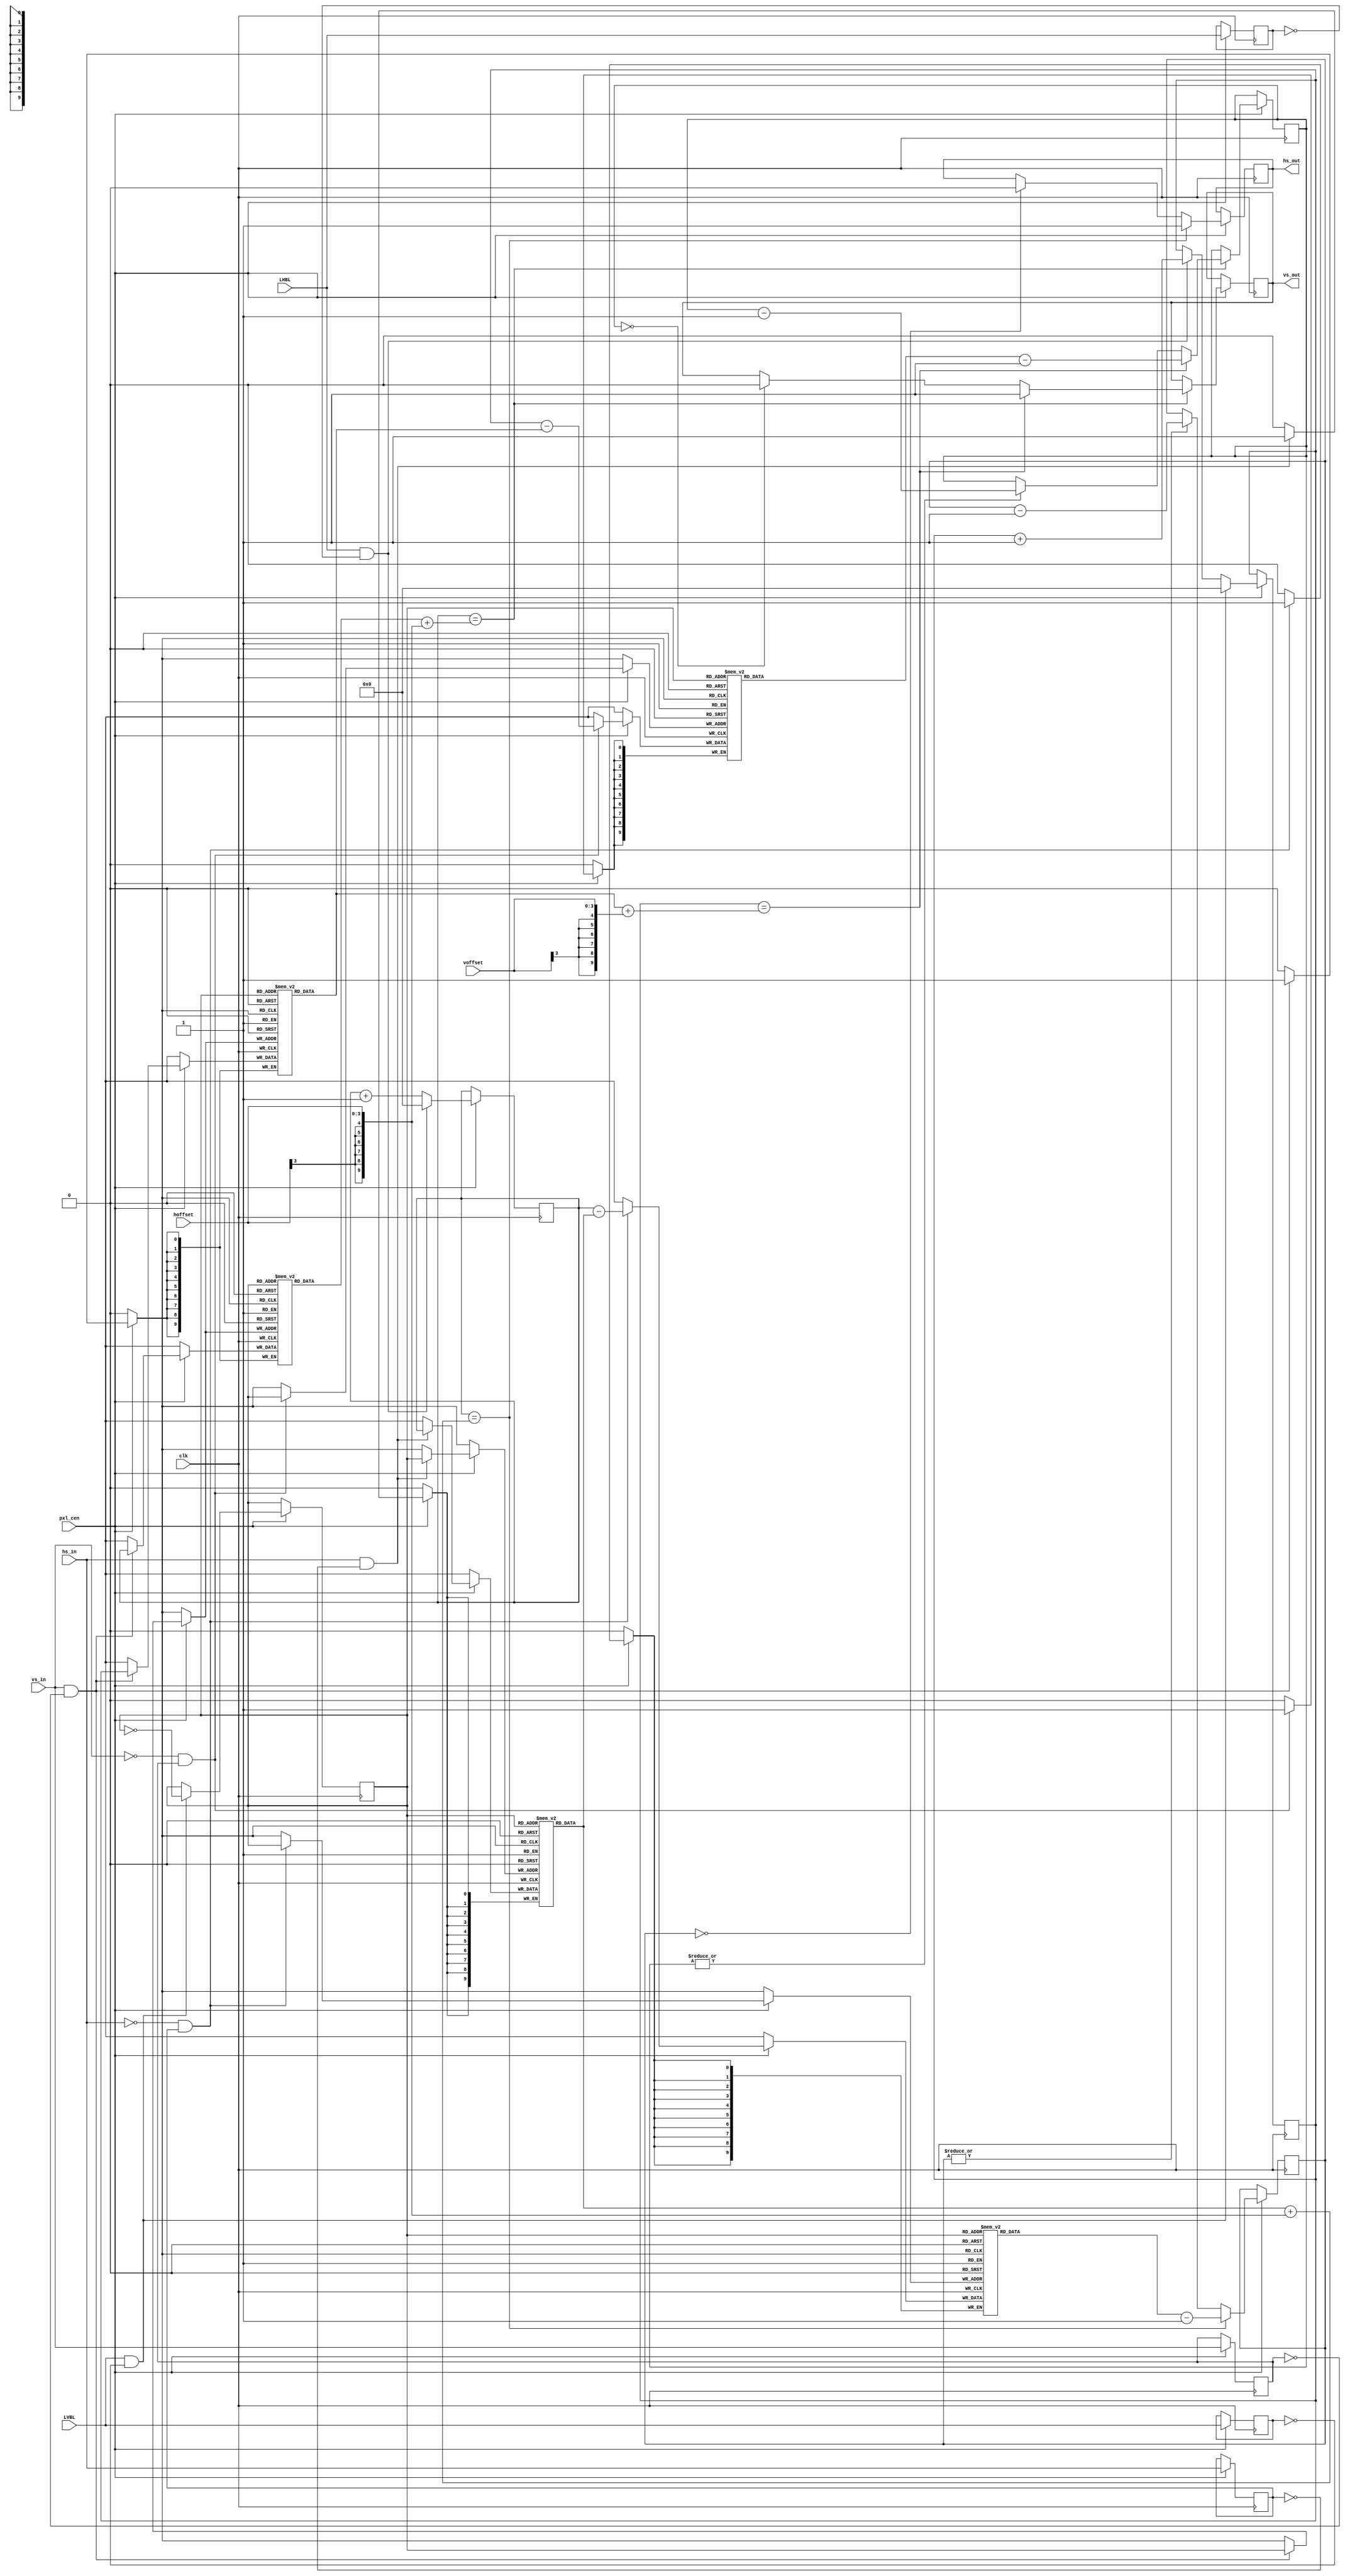
/*  This file is part of JT_FRAME.
    JTFRAME program is free software: you can redistribute it and/or modify
    it under the terms of the GNU General Public License as published by
    the Free Software Foundation, either version 3 of the License, or
    (at your option) any later version.

    JTFRAME program is distributed in the hope that it will be useful,
    but WITHOUT ANY WARRANTY; without even the implied warranty of
    MERCHANTABILITY or FITNESS FOR A PARTICULAR PURPOSE.  See the
    GNU General Public License for more details.

    You should have received a copy of the GNU General Public License
    along with JTFRAME.  If not, see <http://www.gnu.org/licenses/>.

    Author: Jose Tejada Gomez. Twitter: @topapate
    Version: 1.0
    Date: 25-9-2019 */

module video_resync(
    input         clk,
    input         pxl_cen,
    input         hs_in,
    input         vs_in,
    input         LVBL,
    input         LHBL,
    input  [3:0]  hoffset,
    input  [3:0]  voffset,
    output reg    hs_out,
    output reg    vs_out
);

parameter CNTW = 10; // max 1024 pixels/lines

reg [CNTW-1:0]   hs_pos[0:1], vs_hpos[0:1], vs_vpos[0:1],// relative positions of the original sync pulses
                 hs_len[0:1], vs_len[0:1],               // count the length of the original sync pulses
                 hs_cnt,      vs_cnt,                    // count the position of the original sync pulses
                 hs_hold,     vs_hold;
reg              last_LHBL, last_LVBL, last_hsin, last_vsin;

wire             hb_edge, hs_edge, hs_n_edge, vb_edge, vs_edge, vs_n_edge;
reg              field;

wire [CNTW-1:0]  hpos_off = { {CNTW-4{hoffset[3]}}, hoffset[3:0]  };
wire [CNTW-1:0]  htrip = hs_pos[field] + hpos_off;
wire [CNTW-1:0]  vs_htrip = vs_hpos[field] + hpos_off;
wire [CNTW-1:0]  vs_vtrip = vs_vpos[field] + { {CNTW-4{voffset[3]}}, voffset[3:0]  };

assign hb_edge = LHBL && !last_LHBL;
assign hs_edge = hs_in && !last_hsin;
assign hs_n_edge = !hs_in && last_hsin;
assign vb_edge = LVBL && !last_LVBL;
assign vs_edge = vs_in && !last_vsin;
assign vs_n_edge = !vs_in && last_vsin;

always @(posedge clk) if(pxl_cen) begin
    last_LHBL <= LHBL;
    last_LVBL <= LVBL;
    last_hsin <= hs_in;
    last_vsin <= vs_in;

    hs_cnt <= hb_edge ? {CNTW{1'b0}} : hs_cnt+1'b1;
    if( vb_edge ) begin
        vs_cnt <= {CNTW{1'b0}};
        field <= ~field;
    end else if(hb_edge)
        vs_cnt <= vs_cnt+1'b1;

    // Horizontal
    if( hs_edge ) hs_pos[field] <= hs_cnt;
    if( hs_n_edge ) hs_len[field] <= hs_cnt - hs_pos[field];

    if( hs_cnt == htrip ) begin
        hs_out <= 1;
        hs_hold <= hs_len[field] - 1'b1;
    end else begin
        if( |hs_hold ) hs_hold <= hs_hold - 1'b1;
        if( hs_hold == 0 ) hs_out <= 0;
    end

    // Vertical
    if( vs_edge ) begin
        vs_hpos[field] <= hs_cnt;
        vs_vpos[field] <= vs_cnt;
    end
    if( vs_n_edge ) vs_len[field] <= vs_cnt - vs_vpos[field];

    if( hs_cnt == vs_htrip ) begin
        if( vs_cnt == vs_vtrip ) begin
            vs_hold <= vs_len[field] - 1'b1;
            vs_out <= 1;
        end else begin
            if( |vs_hold ) vs_hold <= vs_hold - 1'b1;
            if( vs_hold == 0 ) vs_out <= 0;
        end
    end

end

`ifdef SIMULATION
initial begin
    hs_cnt = {CNTW{1'b0}};
    vs_cnt = {CNTW{1'b0}};
    hs_out = 0;
    vs_out = 0;
end
`endif

endmodule